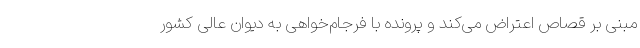
مبنی بر قصاص اعتراض می‌کند و پرونده با فرجام‌خواهی به دیوان عالی کشور